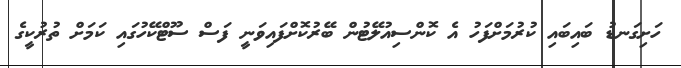
ހަށިގަނޑު ބައިބައި ކުރުމަށްފަހު އެ ކޮންސިއުލޭޓުން ބޭރުކޮށްފައިވަނީ ފަސް ސޫޓްކޭހުގައި ކަމަށް ތުރުކީގެ